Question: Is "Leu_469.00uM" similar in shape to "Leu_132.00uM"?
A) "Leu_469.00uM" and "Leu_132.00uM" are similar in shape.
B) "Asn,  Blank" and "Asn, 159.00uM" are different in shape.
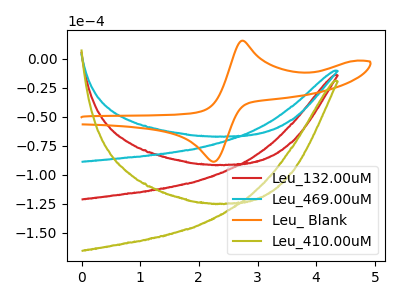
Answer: <think>The red curve "Leu_132.00uM" has no peaks. The cyan curve "Leu_469.00uM" has no peaks. The orange curve "Leu_ Blank" has an anodic peak at (2.75V, 15.80uA) and a cathodic peak at (2.25V, -88.70uA). The olive curve "Leu_410.00uM" has no peaks.
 Neither "Leu_469.00uM" or "Leu_132.00uM" have any peaks.</think>
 <answer>A) "Leu_469.00uM" and "Leu_132.00uM" are similar in shape.</answer>
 <eval>A</eval>